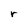
Character: r